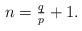
LaTeX: \begin{align*}n = \tfrac{q}{p}+1.\end{align*}